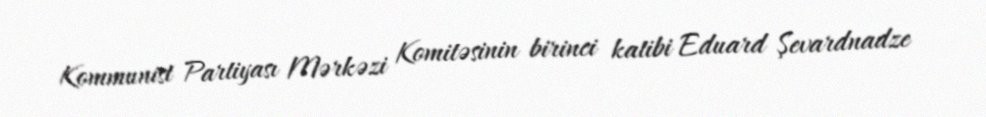
Kommunist Partiyası Mərkəzi Komitəsinin birinci katibi Eduard Şevardnadze